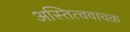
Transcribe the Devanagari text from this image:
अस्तित्ववाचक